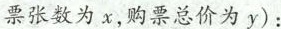
票张数为x，购票总价为y)：